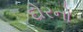
દોરનો